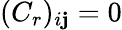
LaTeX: (C_{r})_{i\mathbf{j}}=0